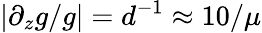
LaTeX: |\partial_{z}g/g|=d^{-1}\approx 10/\mu